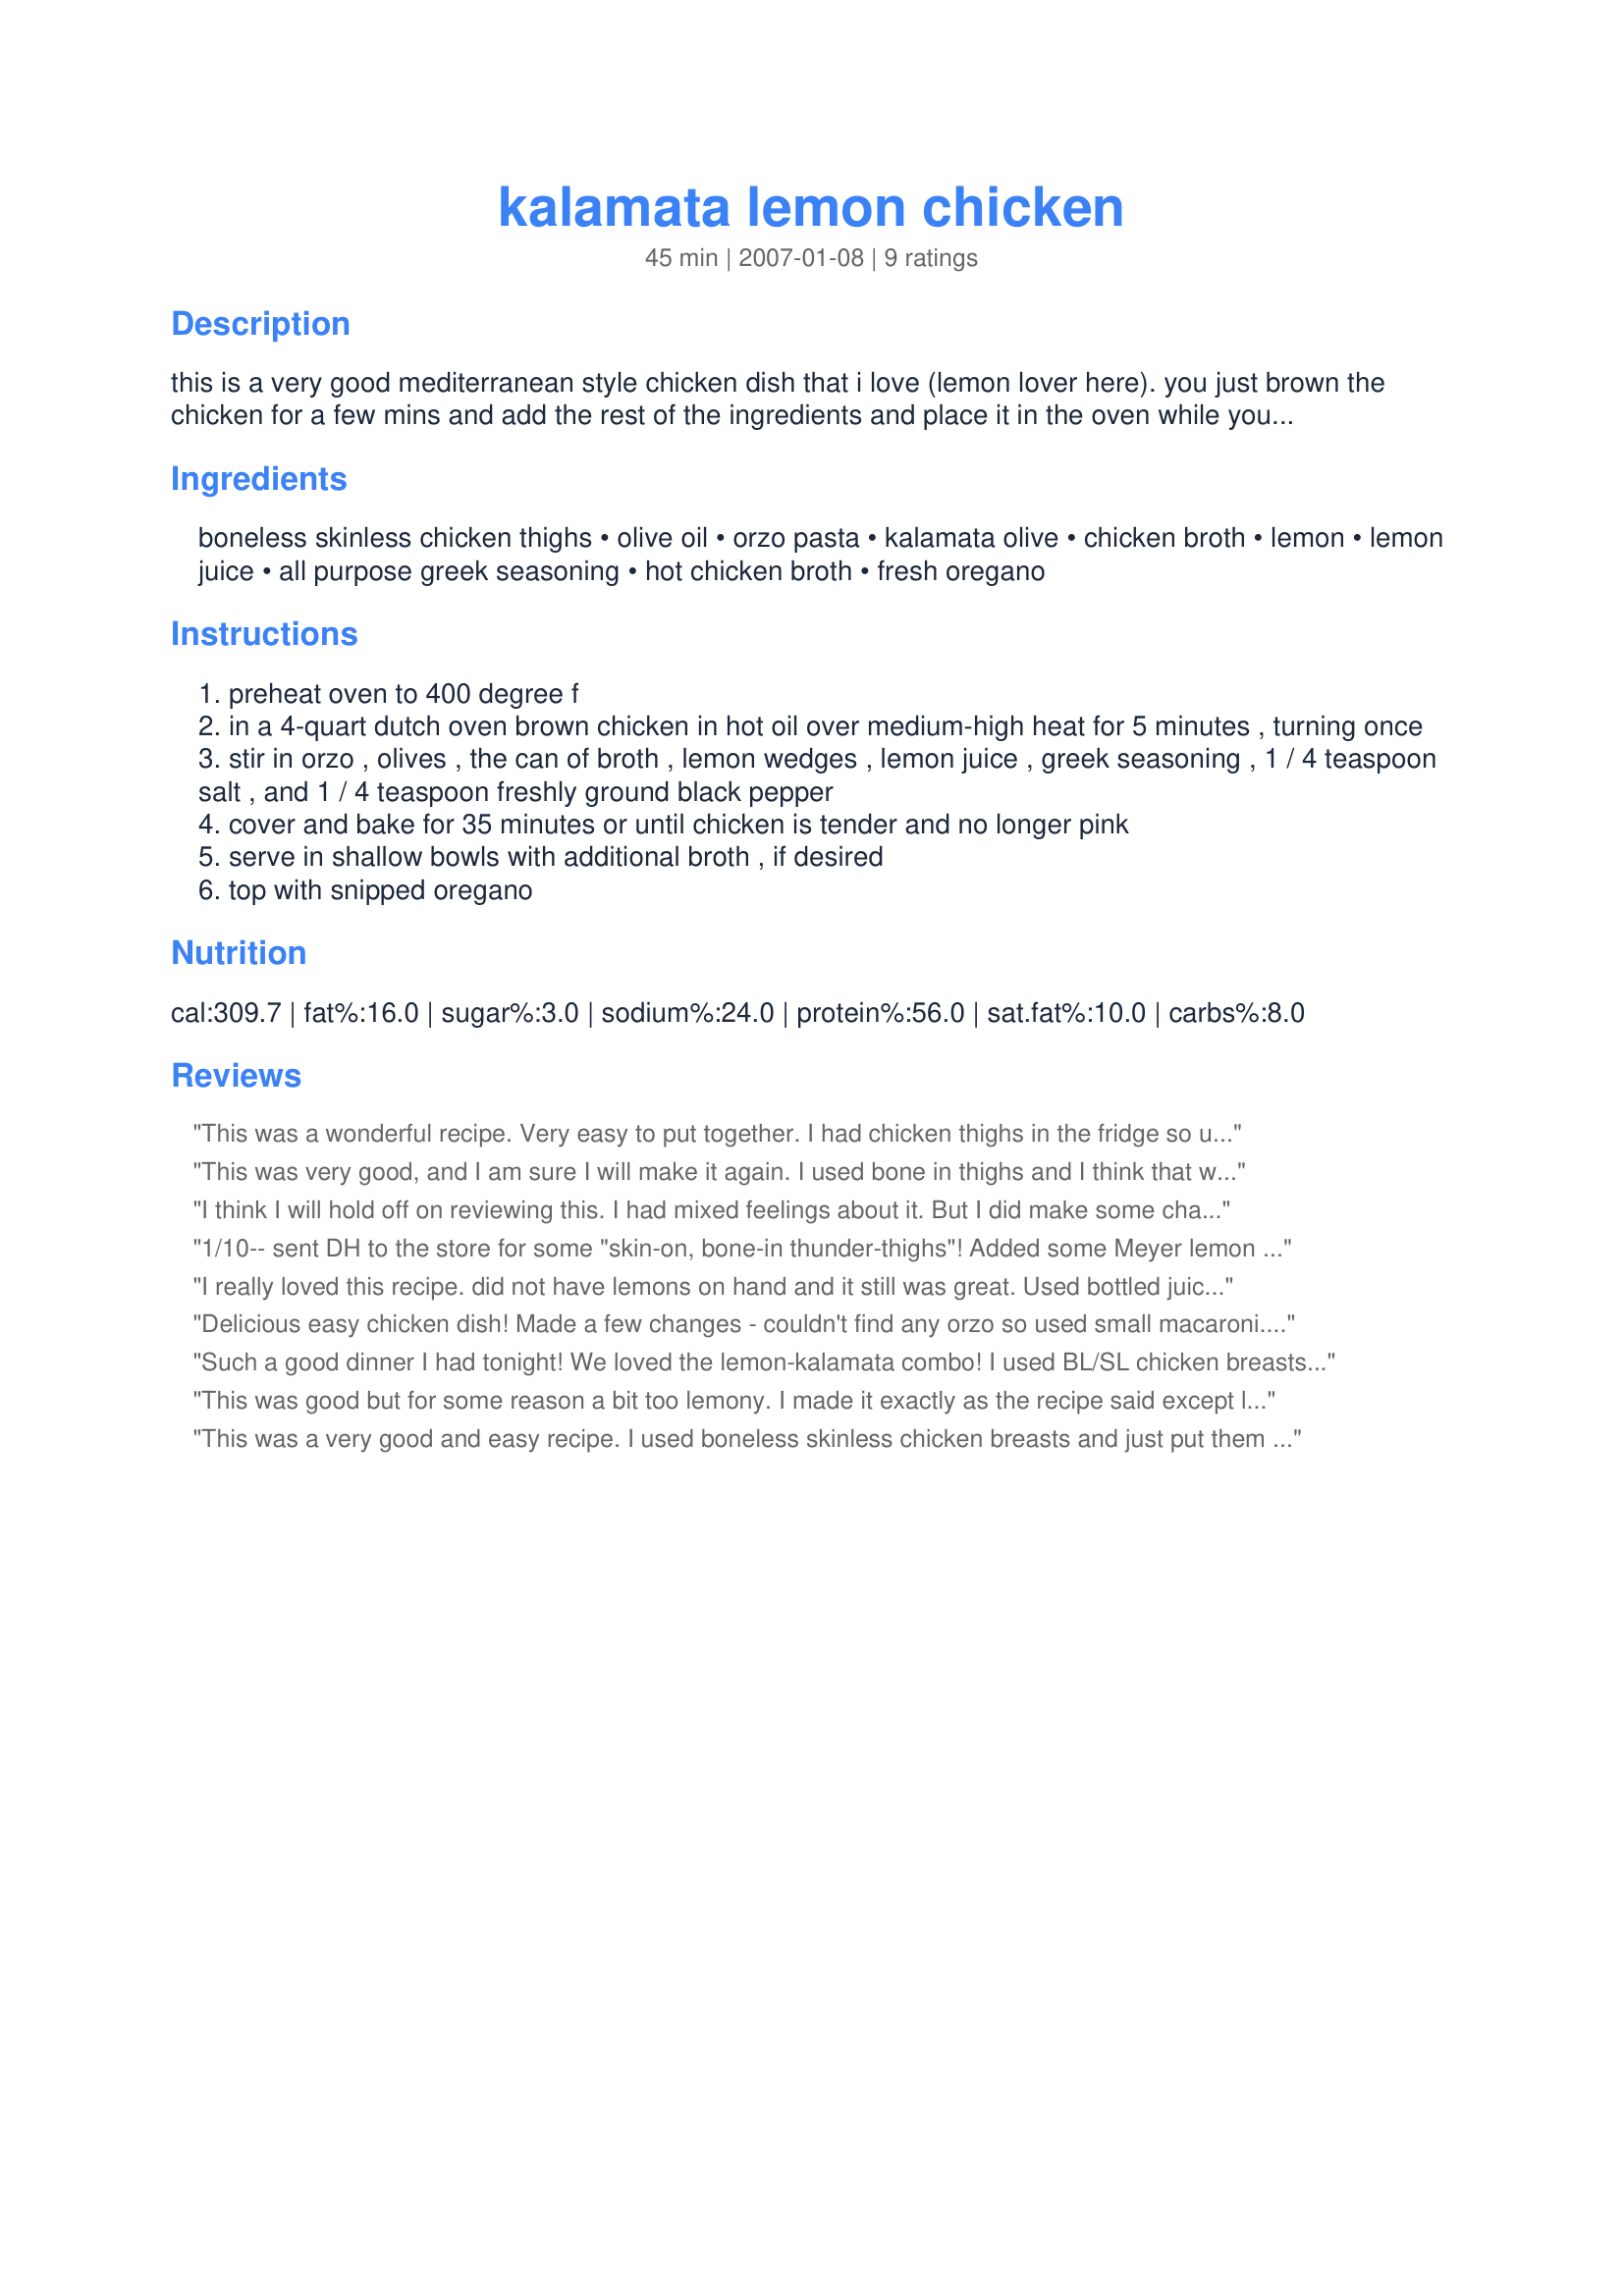
kalamata lemon chicken
Preparation time: 45 minutes

this is a very good mediterranean style chicken dish that i love (lemon lover here). you just brown the chicken for a few mins and add the rest of the ingredients and place it in the oven while you go about making a salad (or whatever).

Ingredients:
boneless skinless chicken thighs, olive oil, orzo pasta, kalamata olive, chicken broth, lemon, lemon juice, all purpose greek seasoning, hot chicken broth, fresh oregano

Steps:
preheat oven to 400 degree f
in a 4-quart dutch oven brown chicken in hot oil over medium-high heat for 5 minutes , turning once
stir in orzo , olives , the can of broth , lemon wedges , lemon juice , greek seasoning , 1 / 4 teaspoon salt , and 1 / 4 teaspoon freshly ground black pepper
cover and bake for 35 minutes or until chicken is tender and no longer pink
serve in shallow bowls with additional broth , if desired
top with snipped oregano

Reviews:
This was a wonderful recipe. Very easy to put together. I had chicken thighs in the fridge so used those instead of breasts but other than that I made the recipe just like it was written. My family loved it! We will definitely be eating this again. Thanks for a great recipe.

MADE FOR ZWT4 FOR DAFFY DAFFODILS
This was very good, and I am sure I will make it again. I used bone in thighs and I think that was a good choice, they were falling off the bone tender. I loved the tangy flavor that the olives and lemons provided, but next time, I will include even more. The lemon wedges were a little bitter, so next time I will remove them before serving, but I would like even more lemon flavor. Maybe adding more lemon juice would do it. Thanks for posting! Made for ZWT9
I think I will hold off on reviewing this. I had mixed feelings about it. But I did make some changes. I left out the orzo to reduce the carbs and used less than a cup of broth. I used dried oregano and powdered garlic for the Greek seasoning. I felt that the seasonings with the broth were spot-on for flavor. I don't know if it was the olives or the lemon slices that made the flavor "off" to me. Next time I may try just juicing the lemon and maybe tossing in some zest but not the slices. I think the rind made the sauce bitter.
1/10-- sent DH to the store for some "skin-on, bone-in thunder-thighs"! Added some Meyer lemon juice (courtesy of an Arizona Zaarie), and threw in 6-8 peeled garlic cloves . Set at 400* for 60 min, then reduced to 350* for another 30 ! YUMMM! NO leftovers !!
4/07I used 4 LARGE bone-in, skin-on thighs - believe that is more flavorful. Let it bake for about 45-50 minutes -- prefer doneness to falling off the bone tender. The combination of lemon, kalamata, and Greek seasoning made a nice, flavorful dish -- and preparation was surely a snap. Served withBalsamic Baby Carrots for an easy Saturday night meal -- with sufficient leftovers for a repeat. Thanks for posting.
 Janey
I really loved this recipe. did not have lemons on hand and it still was great. Used bottled juice. Will for sure make again with fresh lemons. also just used dried oregano in place of greek seasoning.
Delicious easy chicken dish! Made a few changes - couldn't find any orzo so used small macaroni. Also used skinless chicken breasts. Loved the mix of olives, chicken broth and lemon. Would add more lemon next time. Thanks Annacia for a very tasty dish!!
Such a good dinner I had tonight! We loved the lemon-kalamata combo! I used BL/SL chicken breasts but followed the rest of the recipe precisely. Mine was perfectly done after a convection bake time of 20 minutes. Thanks for sharing a recipe that I'm sure to repeat!
This was good but for some reason a bit too lemony. I made it exactly as the recipe said except left out the olives and used drumsticks. It was an easy meal to prepare and I will probably try it again in the future.
This was a very good and easy recipe. I used boneless skinless chicken breasts and just put them into a greased casserole without browning them. I followed everthing else exactly but didn't add extra broth at the end. The flavor was very nice, I think the lemon wedges were the key as they infused everything. My only disappointment was that the orzo was a little soggy. I did put fresh oregano on top and I think it would have been wonderful cooked in it. Thanks for the recipe! Made for Zaar tag.
